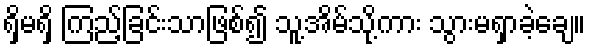
ရှိမရှိ ကြည့်ခြင်းသာဖြစ်၍ သူ့အိမ်သို့ကား သွားမရှာခဲ့ချေ။